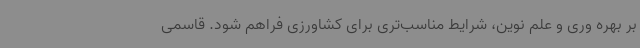
بر بهره وری و علم نوین، شرایط مناسب‌تری برای کشاورزی فراهم شود. قاسمی